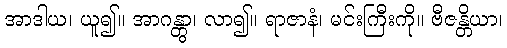
အာဒါယ၊ ယူ၍။ အာဂန္တွာ၊ လာ၍။ ရာဇာနံ၊ မင်းကြီးကို။ ဗီဇန္တိယာ၊